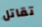
تقاتل